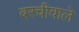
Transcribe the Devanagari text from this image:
बरचीवाले